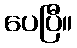
ပေပြီ။